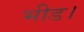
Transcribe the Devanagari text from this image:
भीड।